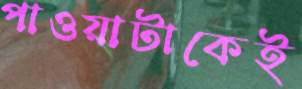
পাওয়াটাকেই